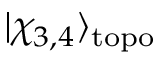
| \chi _ { 3 , 4 } \rangle _ { \mathrm { t o p o } }